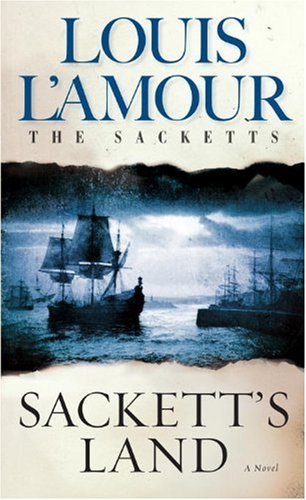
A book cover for Sackett's Land: A Novel; Louis L'Amour; Literature & Fiction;